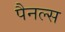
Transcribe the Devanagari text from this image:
पैनल्स